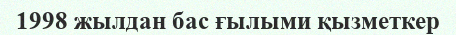
1998 жылдан бас ғылыми қызметкер